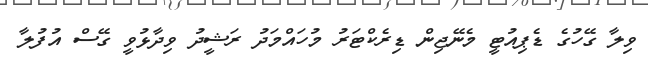
ވިލާ ގޭހުގެ ޑެޕިއުޓީ މެނޭޖިން ޑިރެކްޓަރު މުހައްމަދު ރަޝީދު ވިދާޅުވީ ގޭސް އުފުލާ